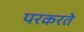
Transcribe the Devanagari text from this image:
परकरते